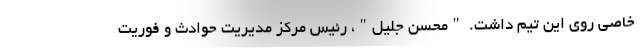
خاصی روی این تیم داشت. "محسن جلیل"، رئیس مرکز مدیریت حوادث و فوریت